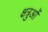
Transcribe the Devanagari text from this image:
क्षत्रुओं